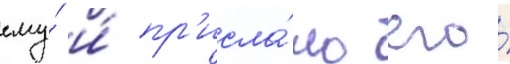
ему́ и́ пр'исла́ло его́